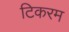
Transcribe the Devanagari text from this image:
टिकरम